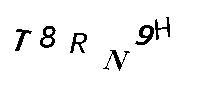
T8RN9H